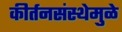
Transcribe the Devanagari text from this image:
कीर्तनसंस्थेमुळे